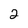
Character: 2